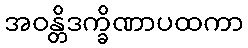
အဝန္တိဒက္ခိဏာပထကာ